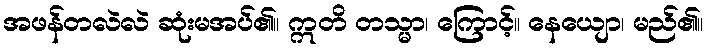
အဖန်တလဲလဲ ဆုံးမအပ်၏။ ဣတိ တသ္မာ၊ ကြောင့်။ နေယျော၊ မည်၏။